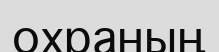
охраның